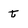
Character: t